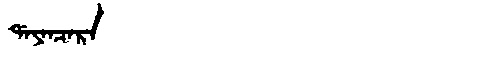
Manchu: ᡩᠠᠶᠠᠨᠴᠠᡵᠠ
Romanization: DAYANCARA